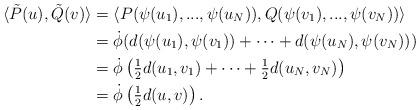
LaTeX: \begin{align*}\langle \tilde{P}(u),\tilde{Q}(v)\rangle &= \langle P(\psi(u_1),...,\psi(u_N)),Q(\psi(v_1),...,\psi(v_N))\rangle\\&= \dot{\phi}(d(\psi(u_1),\psi(v_1))+\cdots + d(\psi(u_N),\psi(v_N)))\\&= \dot{\phi}\left(\tfrac{1}{2}d(u_1,v_1)+\cdots + \tfrac{1}{2}d(u_N,v_N)\right)\\&= \dot{\phi}\left(\tfrac{1}{2}d(u,v)\right).\end{align*}